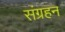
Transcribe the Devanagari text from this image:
संग्रहन